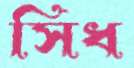
সিধ